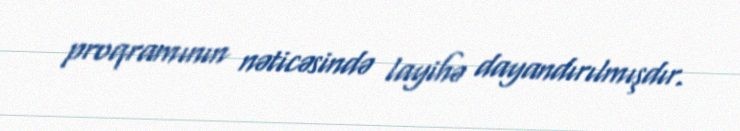
proqramının nəticəsində layihə dayandırılmışdır.